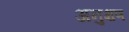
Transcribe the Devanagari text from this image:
अनुक्षण